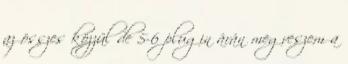
az összes közzül de 5-6 plugin árán megveszem a